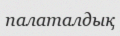
палаталдық